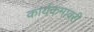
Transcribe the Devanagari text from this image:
कार्यकमावरी